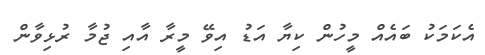
އެކަމަކު ބައެއް މީހުން ކިޔާ އަޑު އިވޭ މީރާ އާއި ޖުމާ ރުޅިވާން